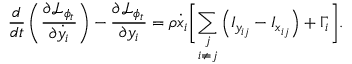
\frac { d } { d t } \left( \frac { \partial \mathcal { L } _ { \phi _ { t } } } { \partial \dot { y } _ { i } } \right) - \frac { \partial \mathcal { L } _ { \phi _ { t } } } { \partial y _ { i } } = \rho \dot { x } _ { i } \biggr [ \underset { i \neq j } { \sum _ { j } } \left( I _ { y _ { i j } } - I _ { x _ { i j } } \right) + \Gamma _ { i } \biggr ] .